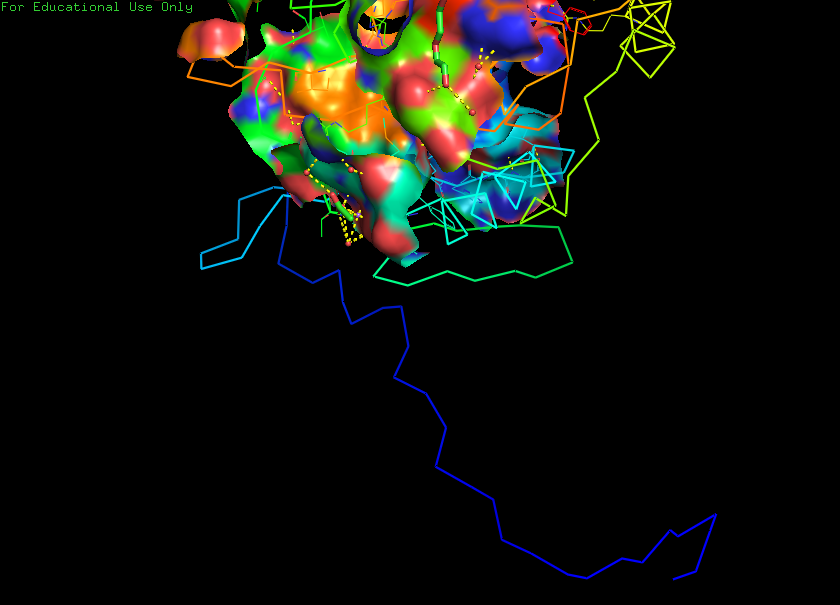
pymol, preset, ligand_sites